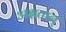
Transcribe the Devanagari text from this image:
अक्षतान्